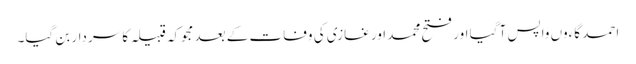
احمد گاءوں واپس آ گیا اور فتح محمد اور غازی کی وفات کے بعد مجوکہ قبیلہ کا سردار بن گیا۔